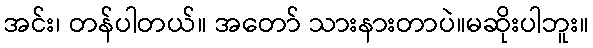
အင်း၊ တန်ပါတယ်။ အတော် သားနားတာပဲ။မဆိုးပါဘူး။